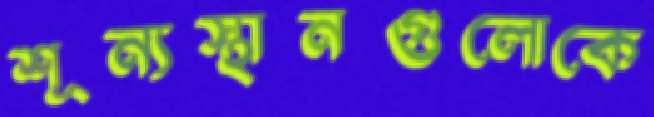
শূন্যস্থানগুলোকে